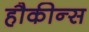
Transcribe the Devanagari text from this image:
हौकीन्स